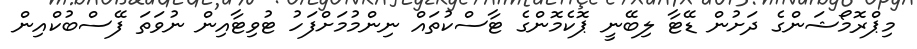
މިޕްރޮމޯޝަންގެ ދަށުން ޑޭޓާ ލިބޭނީ ޕޮކެމޮންގެ ޓާސްކުތައް ނިންމުމަށްފަހު ޓުވިޓާއިން ނުވަތަ ފޭސްބުކްއިން